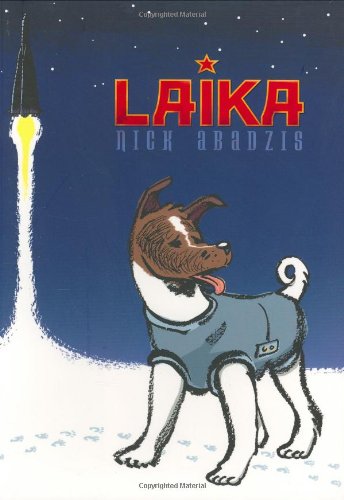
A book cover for Laika; Nick Abadzis; Comics & Graphic Novels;